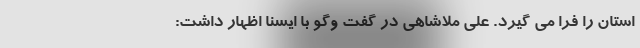
استان را فرا می گیرد. علی ملاشاهی در گفت وگو با ایسنا اظهار داشت: